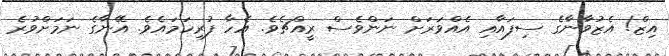
އިޒް! އެޒުވާނާގެ ސިފައާއި އެއްވަރަށް ނަންވެސް ރީއްޗެވެ. އެހާ ފުރިހަމައެވެ. އޭނާގެ ނަމަށްވުރެ